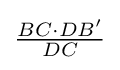
{\textstyle {\frac {BC\cdot DB'}{DC}}}